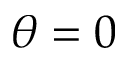
\theta = 0